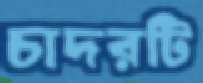
চাদরটি